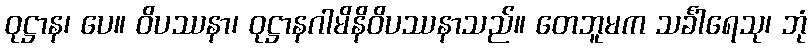
ဝုဋ္ဌာန၊ ပေ။ ဝိပဿနာ၊ ဝုဋ္ဌာနဂါမိနိဝိပဿနာသည်။ တေဘူမက သင်္ခါရေသု၊ ဘုံ